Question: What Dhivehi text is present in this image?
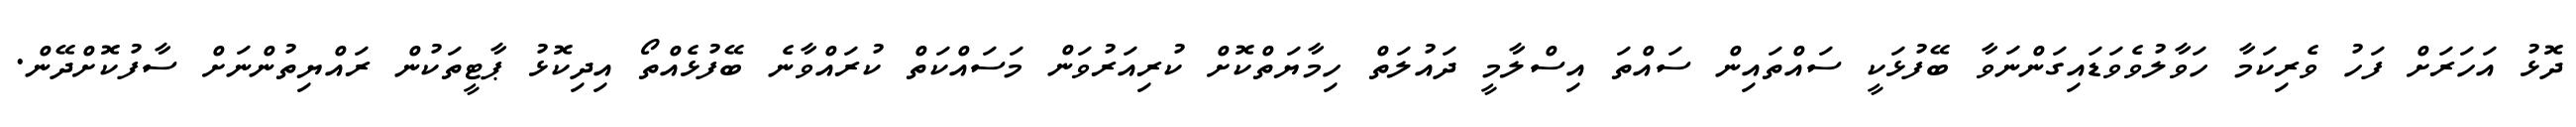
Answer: ދޮޅު އަހަރަށް ފަހު ވެރިކަމާ ހަވާލުވެވަޑައިގަންނަވާ ބޭފުޅަކީ ސައްތައިން ސައްތަ އިސްލާމީ ދައުލަތް ހިމާޔަތްކޮށް ކުރިއަރުވަން މަސައްކަތް ކުރައްވާނެ ބޭފުޅެއްތޯ އިދިކޮޅު ޕާޓީތަކުން ރައްޔިތުންނަށް ސާފުކޮށްދޭން.